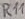
Text: R11